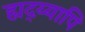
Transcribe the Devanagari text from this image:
ह्यद्य्यापि